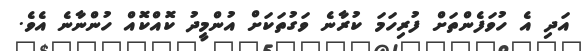
އަދި އެ ހުވަފެންތަށް ފުރިހަމަ ކުރާނެ ވަގުތަކަށް އުންމީދު ކޮއްކޮއް ހުންނާނެ އެވެ.